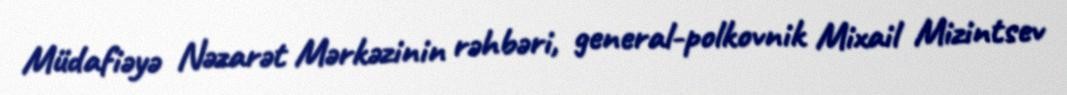
Müdafiəyə Nəzarət Mərkəzinin rəhbəri, general-polkovnik Mixail Mizintsev